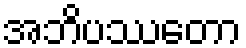
အဘိပဿတော